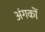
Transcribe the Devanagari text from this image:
अंगकों